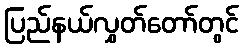
ပြည်နယ်လွှတ်တော်တွင်